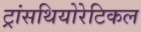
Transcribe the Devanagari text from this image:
ट्रांसथियोरेटिकल